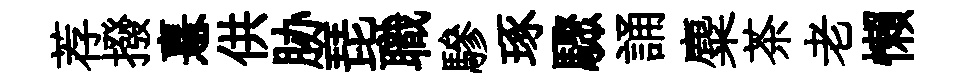
荐撥憙供胁琵職驂琢驟誦麋茶老懶